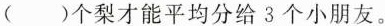
( )个梨才能平均分给 3 个小朋友。